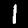
Digit: 1